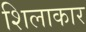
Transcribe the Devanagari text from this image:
शिलाकार